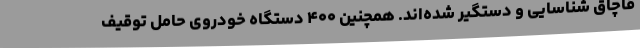
قاچاق شناسایی و دستگیر شده‌اند. همچنین ۴۰۰ دستگاه خودروی حامل توقیف